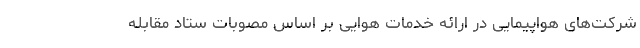
شرکت‌های هواپیمایی در ارائه خدمات هوایی بر اساس مصوبات ستاد مقابله